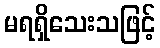
မရရှိသေးသဖြင့်